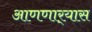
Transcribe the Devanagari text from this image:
आणणार्‍यास